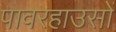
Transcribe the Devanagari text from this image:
पावरहाउसों